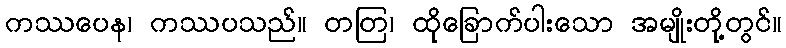
ကဿပေန၊ ကဿပသည်။ တတြ၊ ထိုခြောက်ပါးသော အမျိုးတို့တွင်။